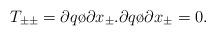
LaTeX: \begin{align*}T_{\pm\pm}= {\partial q \o {\partial x_\pm}}.{\partial q \o {\partial x_\pm}} = 0 . \end{align*}